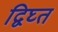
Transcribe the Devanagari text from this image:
द्विघ्त